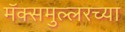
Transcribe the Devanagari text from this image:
मॅक्समुल्लरच्या